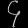
Digit: ၄